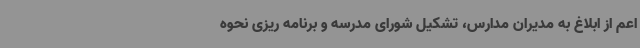
اعم از ابلاغ به مدیران مدارس، تشکیل شورای مدرسه و برنامه ریزی نحوه